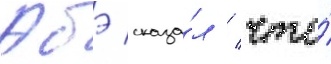
Абэ сказа́л / что́